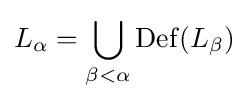
L_{\alpha }=\bigcup _{\beta <\alpha }\operatorname {Def} (L_{\beta })\!